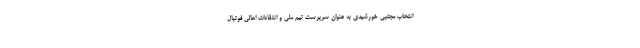
انتخاب مجتبی خورشیدی به عنوان سرپرست تیم ملی و انتقادات اهالی فوتبال